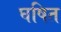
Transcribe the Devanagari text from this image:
घषित